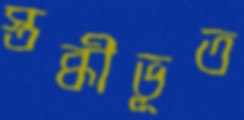
স্তব্ধীভূত